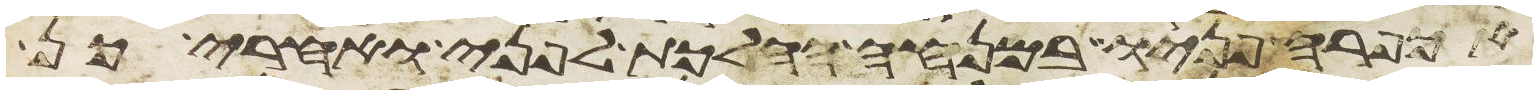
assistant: אכפרה פניו במנחה ההלכת לפני ואחרי כן